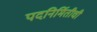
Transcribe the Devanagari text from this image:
पदनिर्मितीची